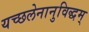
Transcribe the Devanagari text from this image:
यच्छलेनानुविद्धम्